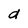
Character: a